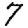
Digit: 7